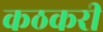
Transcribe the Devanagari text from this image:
कठकरी